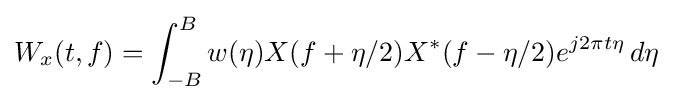
W_{x}(t,f)=\int _{-B}^{B}w(\eta )X(f+\eta /2)X^{*}(f-\eta /2)e^{j2\pi t\eta }\,d\eta